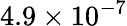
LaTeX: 4.9\times 10^{-7}